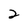
Character: 2